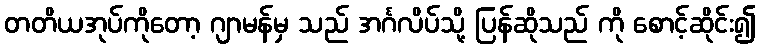
တတိယအုပ်ကိုတော့ ဂျာမန်မှ သည် အင်္ဂလိပ်သို့ ပြန်ဆိုသည် ကို စောင့်ဆိုင်း၍